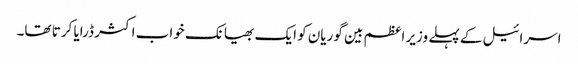
اسرائیل کے پہلے وزیر اعظم بین گوریان کو ایک بھیانک خواب اکثر ڈرایا کرتا تھا۔